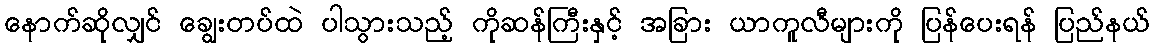
နောက်ဆိုလျှင် ချွေးတပ်ထဲ ပါသွားသည့် ကိုဆန်ကြီးနှင့် အခြား ယာကူလီများကို ပြန်ပေးရန် ပြည်နယ်